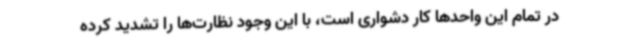
در تمام این واحدها کار دشواری است، با این وجود نظارت‌ها را تشدید کرده